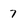
Character: 7